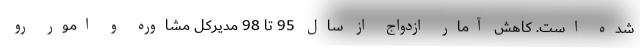
شده است. کاهش آمار ازدواج از سال 95 تا 98 مدیرکل مشاوره و امور رو